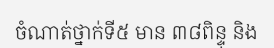
ចំណាត់ថ្នាក់ទី៥ មាន ៣៨ពិន្ទុ និង